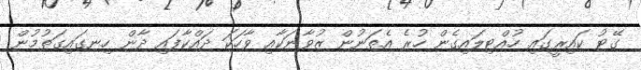
ގޭޓު ކައިރީގައި ހުއްޓިލައިގެން ހުރެ އެތަނުން ޒުވާނަކާއި ވާހަކަ ދައްކާފައި ދާން ހިނގައިގަތުމުން